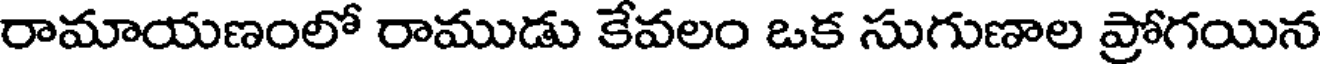
రామాయణంలో రాముడు కేవలం ఒక సుగుణాల ప్రోగయిన